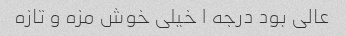
عالی بود درجه ۱ خیلی خوش مزه و تازه